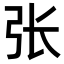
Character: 张